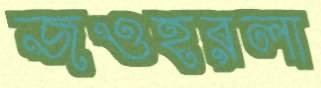
জওহরলা